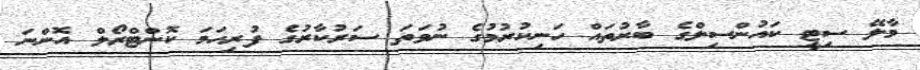
މާލޭ ސިޓީ ކައުންސިލްގެ ބާރުތައް ހަނިކުރުމުގެ ނުވަތަ ސަރުކާރުގެ ފުރިހަމަ ކޮންޓްރޯލް އޮންނަ